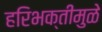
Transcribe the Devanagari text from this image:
हरिभक्तीमुळे